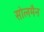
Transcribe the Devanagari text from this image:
सोलमैन